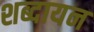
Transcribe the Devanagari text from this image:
शब्दायन